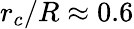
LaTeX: r_{c}/R\approx 0.6